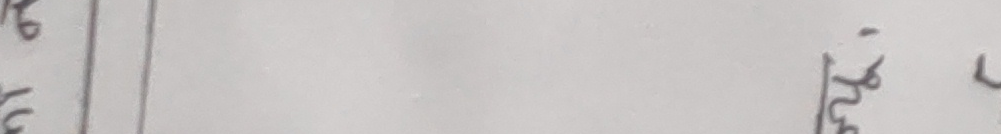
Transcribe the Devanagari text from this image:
इन्डेक्स